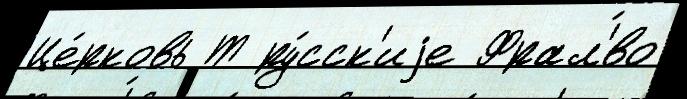
Це́рковь Т ру́сск'иjе Фрал'́во